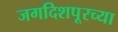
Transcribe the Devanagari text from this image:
जगदिशपूरच्या